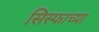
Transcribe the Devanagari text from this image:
सिस्फाच्या